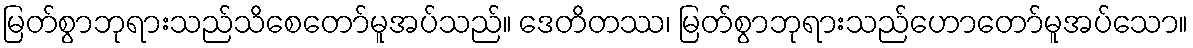
မြတ်စွာဘုရားသည်သိစေတော်မူအပ်သည်။ ဒေတိတဿ၊ မြတ်စွာဘုရားသည်ဟောတော်မူအပ်သော။